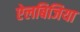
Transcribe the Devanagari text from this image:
ऐलबिजिया